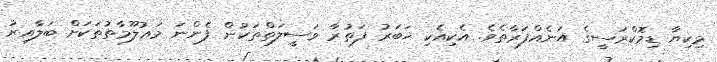
މިކިޔާ ޑިމޮކްރަސީގެ އަނެއްފަރާތެވެ. އެކިއެކި ޚަބަރު ފަތުރާ ވަސީލަތްތަކުން ފެންނަ މަޢުލޫމާތުތަކަށް ބަލާއިރު